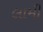
લામી